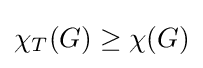
\chi _{T}(G)\geq \chi (G)